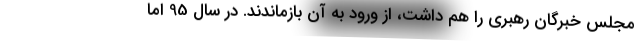
مجلس خبرگان رهبری را هم داشت، از ورود به آن بازماندند. در سال 95 اما